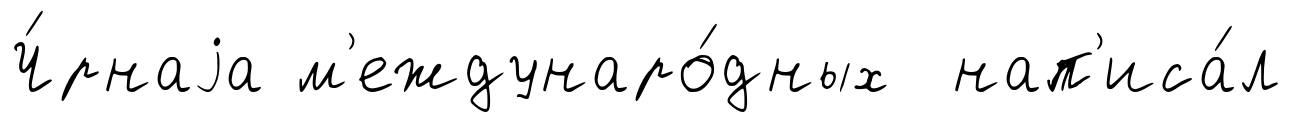
Ч́рнаjа м'еждунаро́дных нап'иса́л